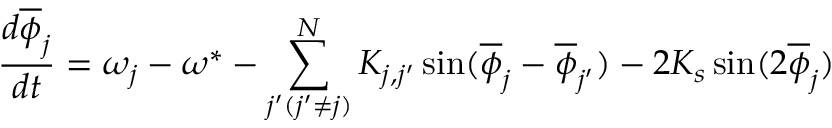
\frac { d \overline { { \phi } } _ { j } } { d t } = \omega _ { j } - \omega ^ { * } - \sum _ { j ^ { \prime } ( j ^ { \prime } \ne j ) } ^ { N } K _ { j , j ^ { \prime } } \sin ( \overline { { \phi } } _ { j } - \overline { { \phi } } _ { j ^ { \prime } } ) - 2 K _ { s } \sin ( 2 \overline { { \phi } } _ { j } )